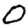
Digit: 0